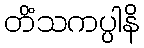
တိံသကပ္ပါနိ